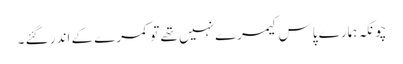
چونکہ ہمارے پاس کیمرے نہیں تھے تو کمرے کے اندر گئے ۔